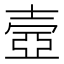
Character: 壼